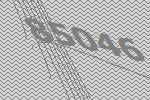
85046